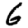
Digit: 6